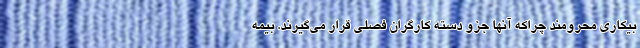
بیکاری محرومند چراکه آنها جزو دسته کارگران فصلی قرار می‌گیرند. بیمه